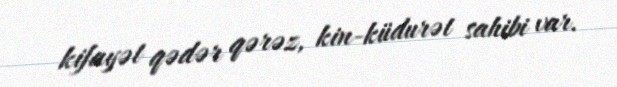
kifayət qədər qərəz, kin-küdurət sahibi var.